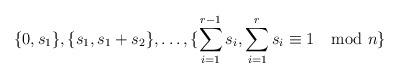
LaTeX: \begin{align*} \{0, s_1\}, \{s_1, s_1+s_2\}, \ldots, \{\sum_{i=1}^{r-1}s_i, \sum_{i=1}^{r}s_i\equiv 1 \mod n\}\end{align*}